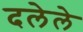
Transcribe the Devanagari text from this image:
दलेले